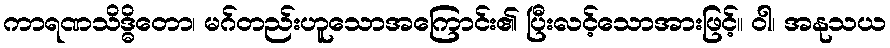
ကာရဏသိဒ္ဓိတော၊ မဂ်တည်းဟူသောအကြောင်း၏ ပြီးလင့်သောအားဖြင့်။ ဝါ၊ အနုသယ